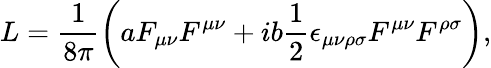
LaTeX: L=\frac{1}{8\pi}\left(aF_{\mu\nu}F^{\mu\nu}+ib\frac{1}{2}\epsilon_{\mu\nu\rho\sigma}F^{\mu\nu}F^{\rho\sigma}\right),